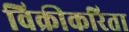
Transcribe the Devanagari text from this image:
विक्रीकरिता